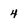
Character: 4